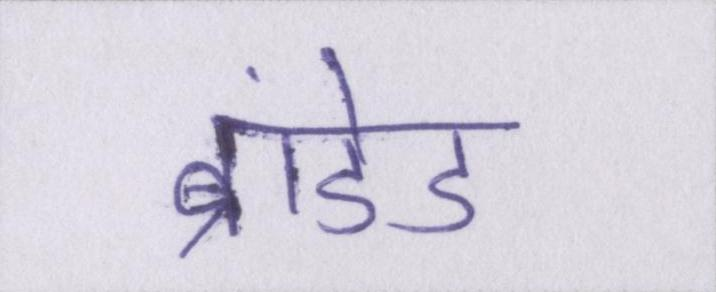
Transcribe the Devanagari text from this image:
ब्रांडेड